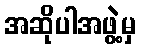
အဆိုပါအဖွဲ့မှ